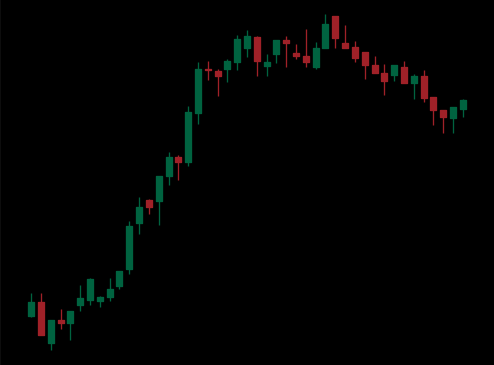
Pattern: bear_flag